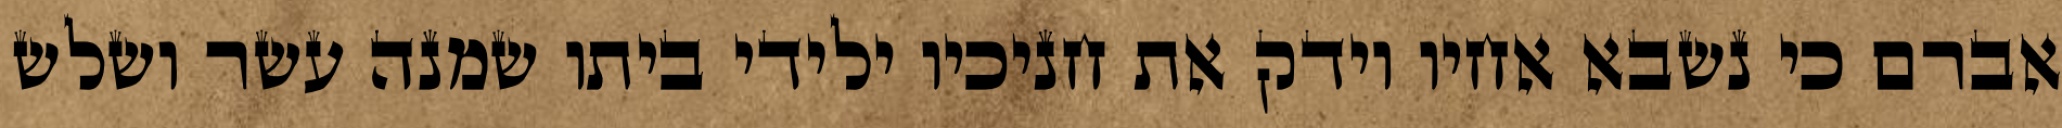
אברם כי נשבא אחיו וידק את חניכיו ילידי ביתו שמנה עשר ושלש